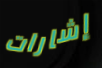
إشارات